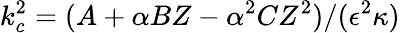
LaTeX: k_{c}^{2}=(A+\alpha BZ-\alpha^{2}CZ^{2})/(\epsilon^{2}\kappa)